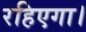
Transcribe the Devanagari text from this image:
रहिएगा।